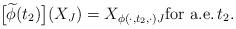
LaTeX: \begin{align*}\bigl[\widetilde{\phi}(t_2)\bigr](X_J) = X_{\phi(\cdotp,t_2,\cdotp)J}\hbox{for a.e.}\, t_2.\end{align*}